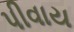
પીવાય